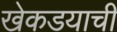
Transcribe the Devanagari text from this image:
खेकडयाची